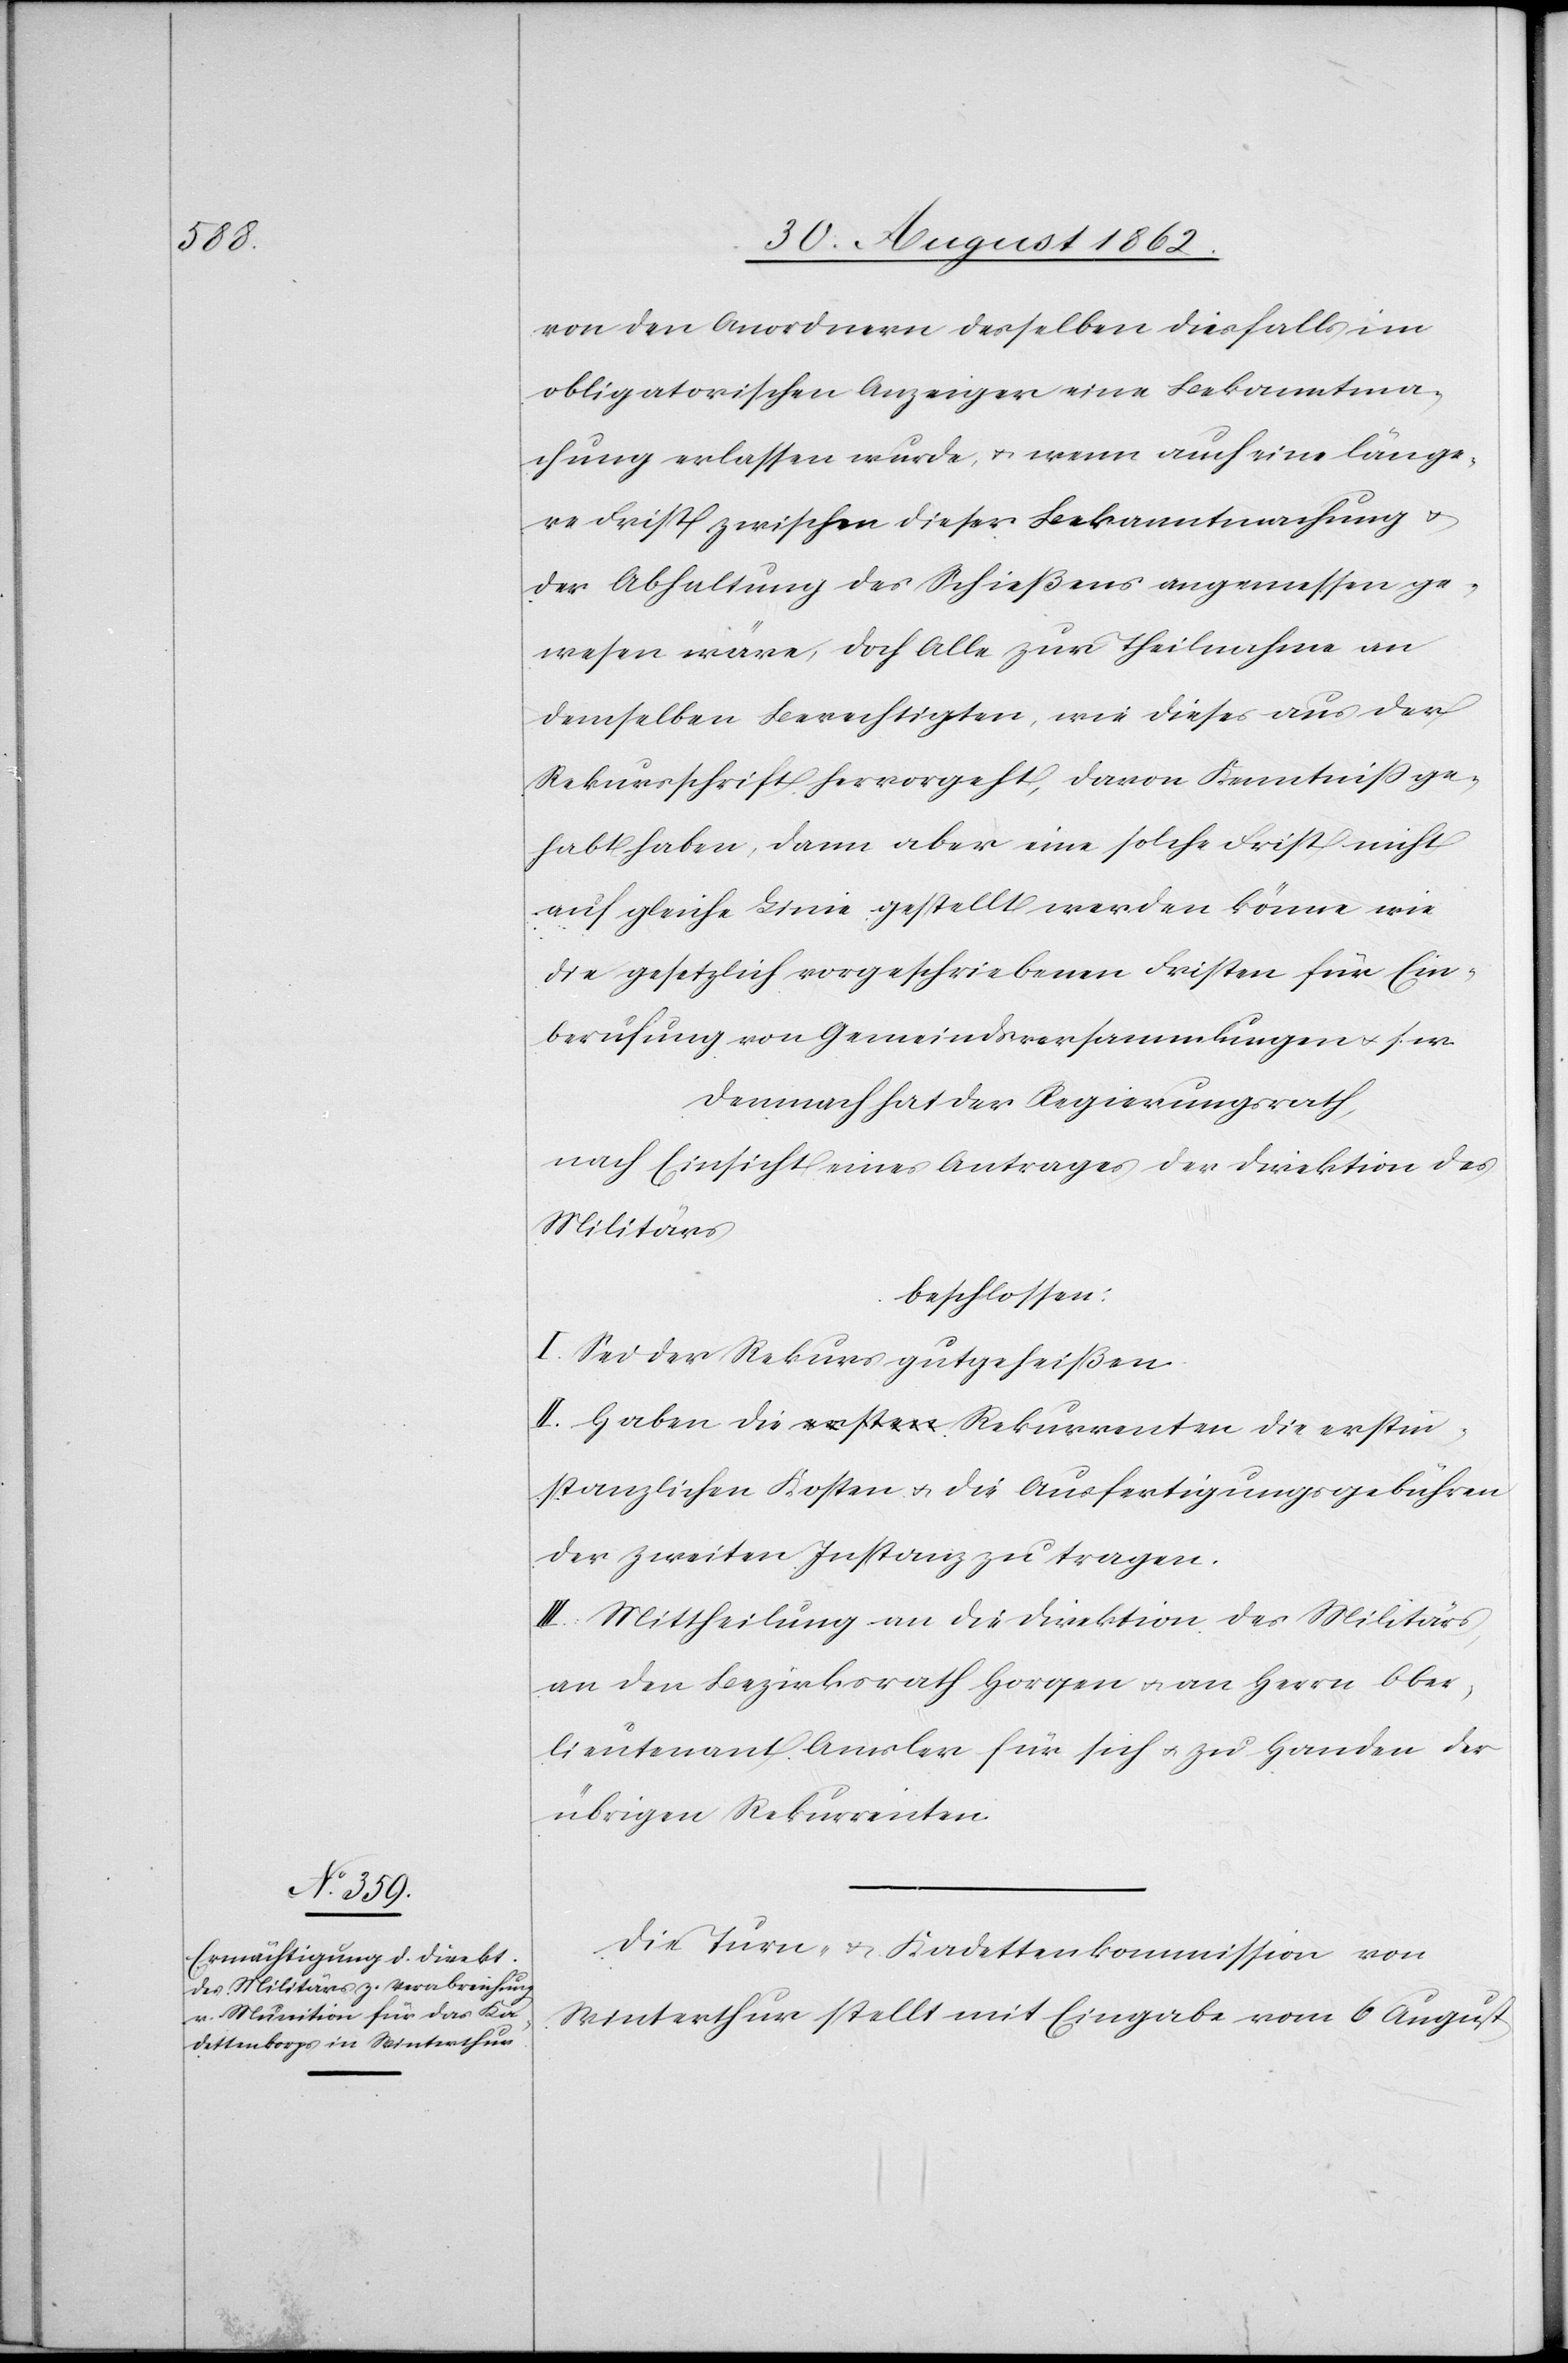
die ersti¬

von den Anordnern desselben diesfalls im
obligatorischen Anzeiger eine Bekanntma¬
chung erlassen wurde, u. wenn auch eine länge¬
re Frist zwischen dieser Bekanntmachung u.
der Abhaltung des Schießens angemessen ge¬
wesen wäre, doch Alle zur Theilnahme an
demselben Berechtigten, wie dieses aus der
Rekursschrift hervorgeht, davon Kenntniß ge¬
habt haben, dann aber eine solche Frist nicht
auf gleiche Linie gestellt werden könne wie
die gesetzlich vorgeschriebenen Fristen für Ein¬
berufung von Gemeindsversammlungen u. s. w.
Demnach hat der Regierungsrath,
nach Einsicht eines Antrages der Direktion des
Militärs,
beschlossen:
I. Sei der Rekurs gutgeheißen.
nstanzlichen Kosten u. die Ausfertigungsgebühren
der zweiten Instanz zu tragen.
III. Mittheilung an die Direktion des Militärs
an den Bezirksrath Horgen u. an Herrn Ober¬
lieutenant Amsler für sich u. zu Handen der
übrigen Rekurrenten.
Die Turn- u. Kadettenkommission von
Winterthur stellt mit Eingabe vom 6. August